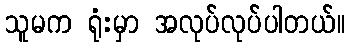
သူမက ရုံးမှာ အလုပ်လုပ်ပါတယ်။